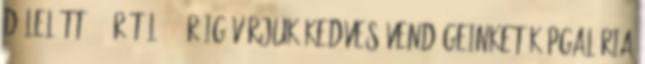
délelőtt 10 órától 20 óráig várjuk kedves vendégeinket Képgaléria